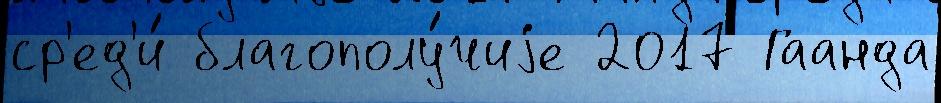
ср'ед'и́ благополу́чиjе 2017 Гаанда